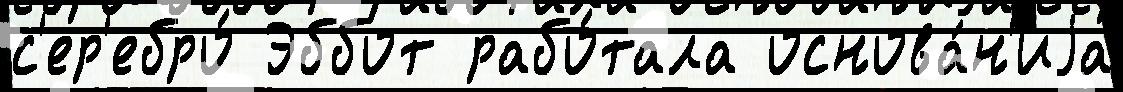
с'ер'ебро́ Эббот рабо́тала основа́н'иjа